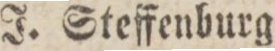
J. Steffenburg.